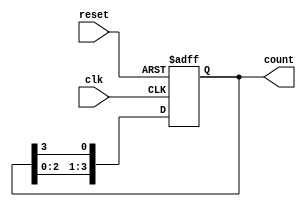
module ring_counter #(
    parameter STAGES = 4 // Number of stages (flip-flops)
)(
    input wire clk,        // Clock input
    input wire reset,      // Asynchronous reset input
    output reg [STAGES-1:0] count // Output representing the state of the counter
);

// Asynchronous reset and counting logic
always @(posedge clk or posedge reset) begin
    if (reset) begin
        // Initialize the counter to the first state
        count <= 1'b1; // Set the first flip-flop to '1' and others to '0'
    end else begin
        // Shift the '1' to the next flip-flop in the ring
        count <= {count[STAGES-2:0], count[STAGES-1]};
    end
end

endmodule